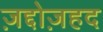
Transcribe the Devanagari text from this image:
ज़द्दोज़हद